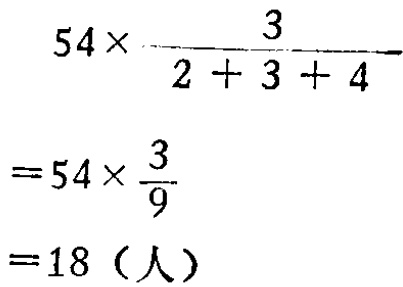
\[

\begin{align*}

&54\times\frac{3}{2 + 3 + 4}\\

=&54\times\frac{3}{9}\\

=&18（人）

\end{align*}

\]